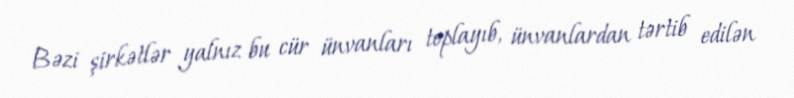
Bəzi şirkətlər yalnız bu cür ünvanları toplayıb, ünvanlardan tərtib edilən